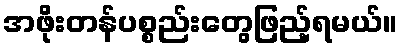
အဖိုးတန်ပစ္စည်းတွေဖြည့်ရမယ်။